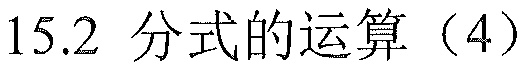
15.2 分式的运算（4）